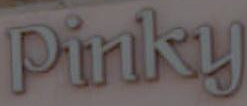
Pinky